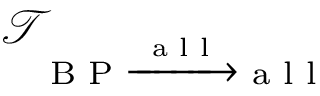
\mathcal { T } _ { \textrm { B P } \xrightarrow { \textrm { a l l } } \textrm { a l l } }